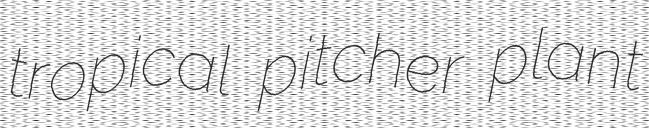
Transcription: tropical pitcher plant